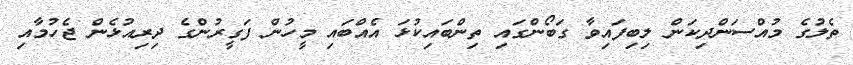
ތެލުގެ މުއްސަންދިކަން ލިބިފައިވާ ގަބޯންގައި ތިންބައިކުޅަ އެއްބައި މީހުން ފަގީރުންގެ ދިރިއުޅެން ޖެހުމާއި